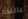
بالندم